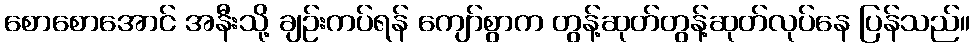
စောစောအောင် အနီးသို့ ချဉ်းကပ်ရန် ကျော်စွာက တွန့်ဆုတ်တွန့်ဆုတ်လုပ်နေ ပြန်သည်။